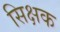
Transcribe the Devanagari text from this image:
सिक्षक